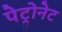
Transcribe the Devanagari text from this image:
पेट्रोनेट